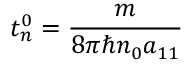
t _ { n } ^ { 0 } = \frac { m } { 8 \pi \hbar n _ { 0 } a _ { 1 1 } }